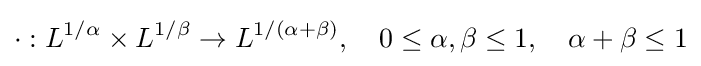
\cdot :L^{1/\alpha }\times L^{1/\beta }\to L^{1/(\alpha +\beta )},\quad 0\leq \alpha ,\beta \leq 1,\quad \alpha +\beta \leq 1